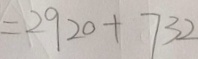
= 2 9 2 0 + 7 3 2